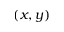
( x , y )